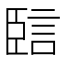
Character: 䛗